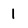
Character: I